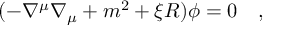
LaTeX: ( - \nabla ^ { \mu } \nabla _ { \mu } + m ^ { 2 } + \xi R ) \phi = 0 ~ ~ ~ ,